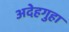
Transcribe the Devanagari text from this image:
अदेहगुहा